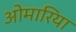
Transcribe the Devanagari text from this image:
ओमारिया